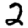
Digit: 2